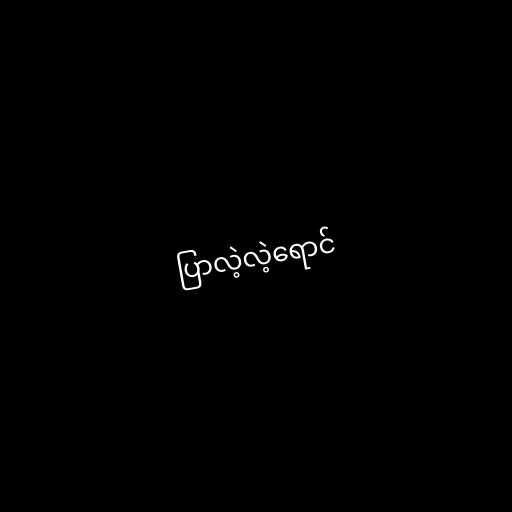
ပြာလဲ့လဲ့ရောင်